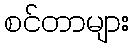
စင်တာများ